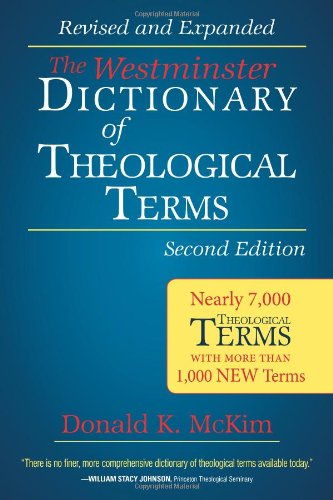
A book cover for The Westminster Dictionary of Theological Terms, Second Edition: Revised and Expanded; Donald K. McKim; Reference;